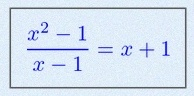
\frac{x^2-1}{x-1}=x+1